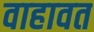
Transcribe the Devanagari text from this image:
वाहावत